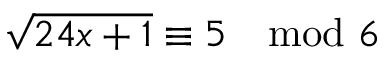
{ \sqrt { 2 4 x + 1 } } \equiv 5 \mod 6